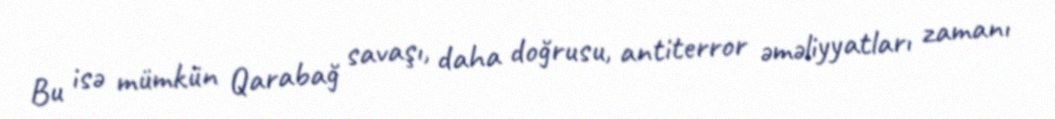
Bu isə mümkün Qarabağ savaşı, daha doğrusu, antiterror əməliyyatları zamanı